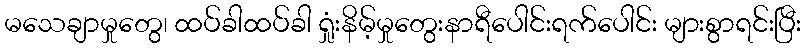
မသေချာမှုတွေ၊ ထပ်ခါထပ်ခါ ရှုံးနိမ့်မှုတွေးနာရီပေါင်းရက်ပေါင်း များစွာရင်းပြီး